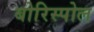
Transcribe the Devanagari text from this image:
बोरिस्पोल